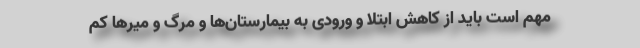
مهم است باید از کاهش ابتلا و ورودی به بیمارستان‌ها و مرگ و میرها کم